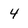
Character: 4